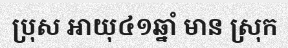
ប្រុស អាយុ៤១ឆ្នាំ មាន ស្រុក